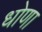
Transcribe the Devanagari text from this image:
धोणा